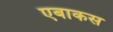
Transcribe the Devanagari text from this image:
एबाकस